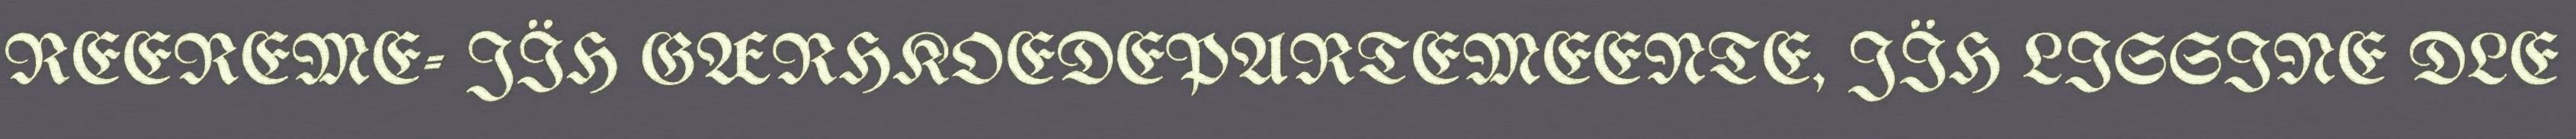
REEREME- JÏH GÆRHKOEDEPARTEMEENTE, JÏH LISSINE DLE